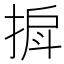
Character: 𫽒